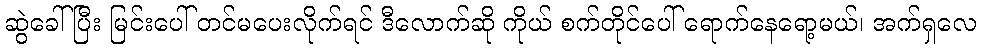
ဆွဲခေါ်ပြီး မြင်းပေါ် တင်မပေးလိုက်ရင် ဒီလောက်ဆို ကိုယ် စက်တိုင်ပေါ် ရောက်နေရော့မယ်၊ အက်ရှလေ